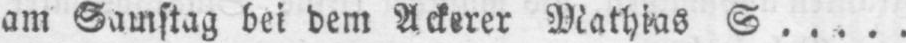
am Samstag bei dem Ackerer Mathias S.....